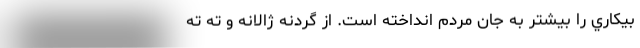
بيكاري را بيشتر به جان مردم انداخته است. از گردنه ژالانه و ته تِه